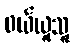
ဝယ်ယူသူ